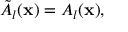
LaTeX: \tilde { A } _ { l } ( { \bf x } ) = A _ { l } ( { \bf x } ) ,